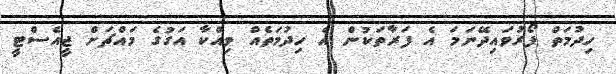
ހިދުމަތް ފޯރުވައިދޭނަމަ އެ ފަރާތަކުން އެ ހިދުމަތެއް ވިއްކާ އަގުގެ މައްޗަށް ޖީއެސްޓީ